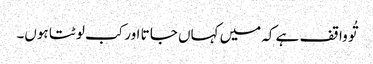
تُو وا قف ہے کہ میں کہاں جا تا اور کب لو ٹتا ہوں۔